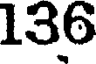
136